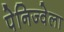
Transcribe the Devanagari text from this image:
पेनिज्वेला